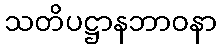
သတိပဋ္ဌာနဘာဝနာ